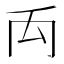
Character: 𥜻